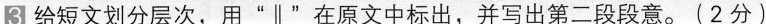
3 图给短文划分层次，用”\parallel ”在原文中标出，并写出第二段段意。(2分)